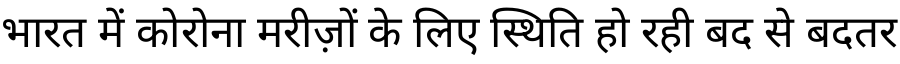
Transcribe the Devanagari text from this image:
भारत में कोरोना मरीज़ों के लिए स्थिति हो रही बद से बदतर